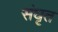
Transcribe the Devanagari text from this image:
संघृत